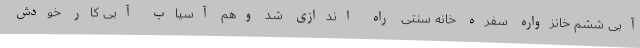
آبی ششم خانزواره سفره خانه سنتی راه اندازی شد وهم آسیاب آبی کار خودش